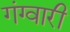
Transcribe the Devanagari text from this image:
गंग्वारी